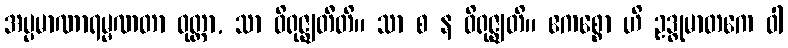
အပ္ပမာဏာရမ္မဏတာ ဝုတ္တာ, သာ ဝိရုဇ္ဈတီတိ။ သာ စ န ဝိရုဇ္ဈတိ။ ဧကစ္စော ဟိ ဥဒ္ဓုမာတကေ ဝါ